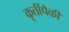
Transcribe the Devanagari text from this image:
कृतींपैकी